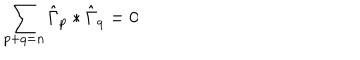
\sum _ { p + q = n } \hat { \Gamma } _ { p } * \hat { \Gamma } _ { q } = 0